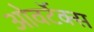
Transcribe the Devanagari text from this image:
ओवर्टेक्स